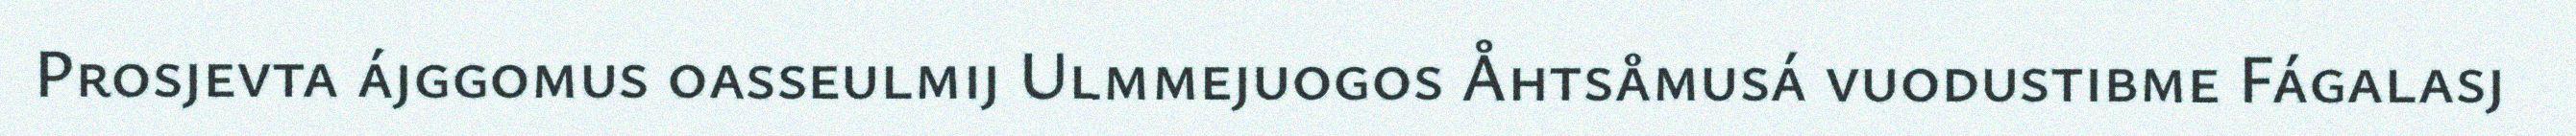
Prosjevta ájggomus oasseulmij Ulmmejuogos Åhtsåmusá vuodustibme Fágalasj